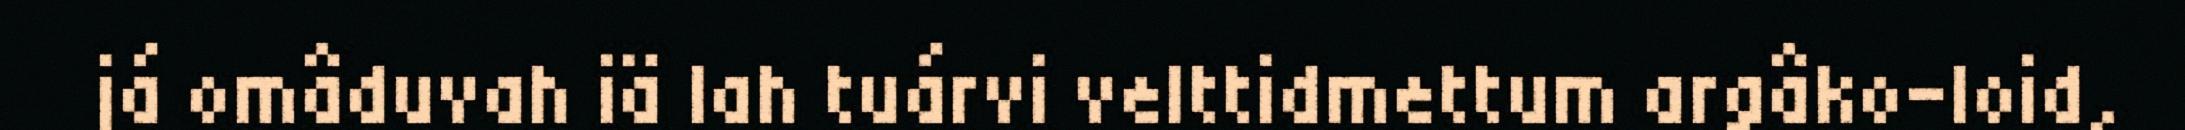
já omâduvah iä lah tuárvi velttidmettum argâko-loid,